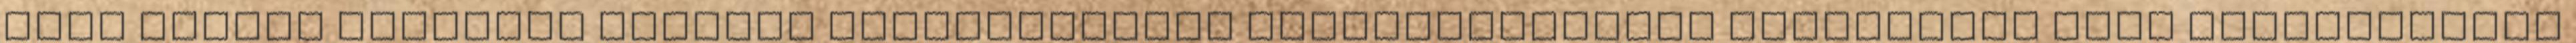
kell többet megállni gyakran olvashatatlan útjelzőtáblákat betűzgetni vagy kényelmetlen